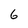
Character: 6